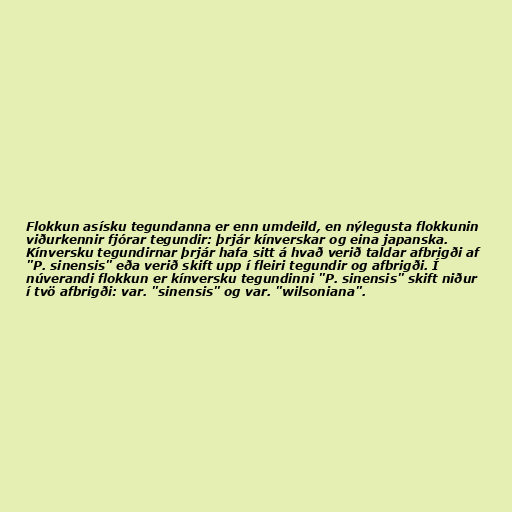
Flokkun asísku tegundanna er enn umdeild, en nýlegusta flokkunin
viðurkennir fjórar tegundir: þrjár kínverskar og eina japanska.
Kínversku tegundirnar þrjár hafa sitt á hvað verið taldar afbrigði af
"P. sinensis" eða verið skift upp í fleiri tegundir og afbrigði. Í
núverandi flokkun er kínversku tegundinni "P. sinensis" skift niður
í tvö afbrigði: var. "sinensis" og var. "wilsoniana".